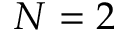
N = 2